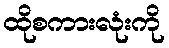
ထိုစကားလုံးကို